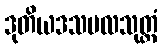
ဒုတိယဒသဗလသုတ္တံ